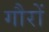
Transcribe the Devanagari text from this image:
गौरों